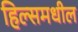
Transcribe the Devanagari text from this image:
हिल्समधील